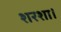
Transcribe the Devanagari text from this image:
शरशा।